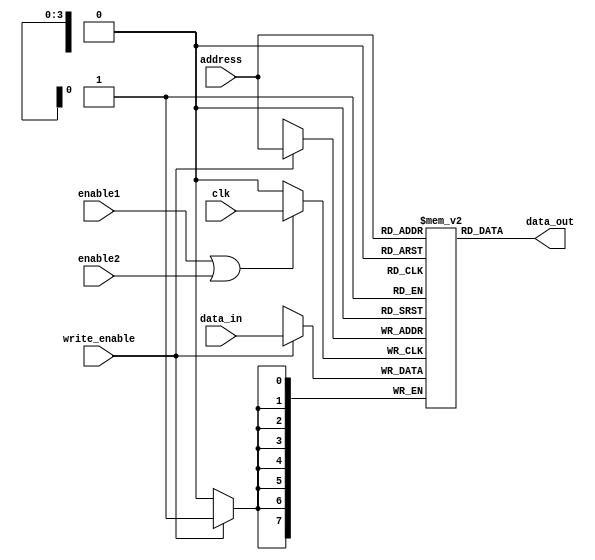
module clock_gated_memory (
    input wire clk,              // System clock
    input wire enable1,          // First enable signal
    input wire enable2,          // Second enable signal (can be extended)
    input wire [7:0] data_in,    // Data input for memory block
    output wire [7:0] data_out,   // Data output from memory block
    input wire write_enable,      // Write enable signal for memory block
    input wire [3:0] address      // Address input for memory block
);

// Memory block definition (e.g., 16 x 8-bit RAM)
reg [7:0] memory [0:15];

// OR gate for combining enable signals
wire combined_enable;
assign combined_enable = enable1 | enable2; // Combine enables using OR

// Gated clock signal
wire gated_clk;

// Clock gating logic
assign gated_clk = combined_enable ? clk : 1'b0; // Pass clk if enabled, else 0

// Memory block operations
always @(posedge gated_clk) begin
    if (write_enable) begin
        memory[address] <= data_in; // Write data to memory
    end
end

// Read data from memory (asynchronous)
assign data_out = memory[address]; // Output data from memory

endmodule